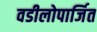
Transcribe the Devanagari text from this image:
वडीलोपार्जित